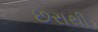
છરાથી